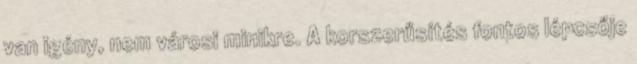
van igény, nem városi minikre. A korszerűsítés fontos lépcsője